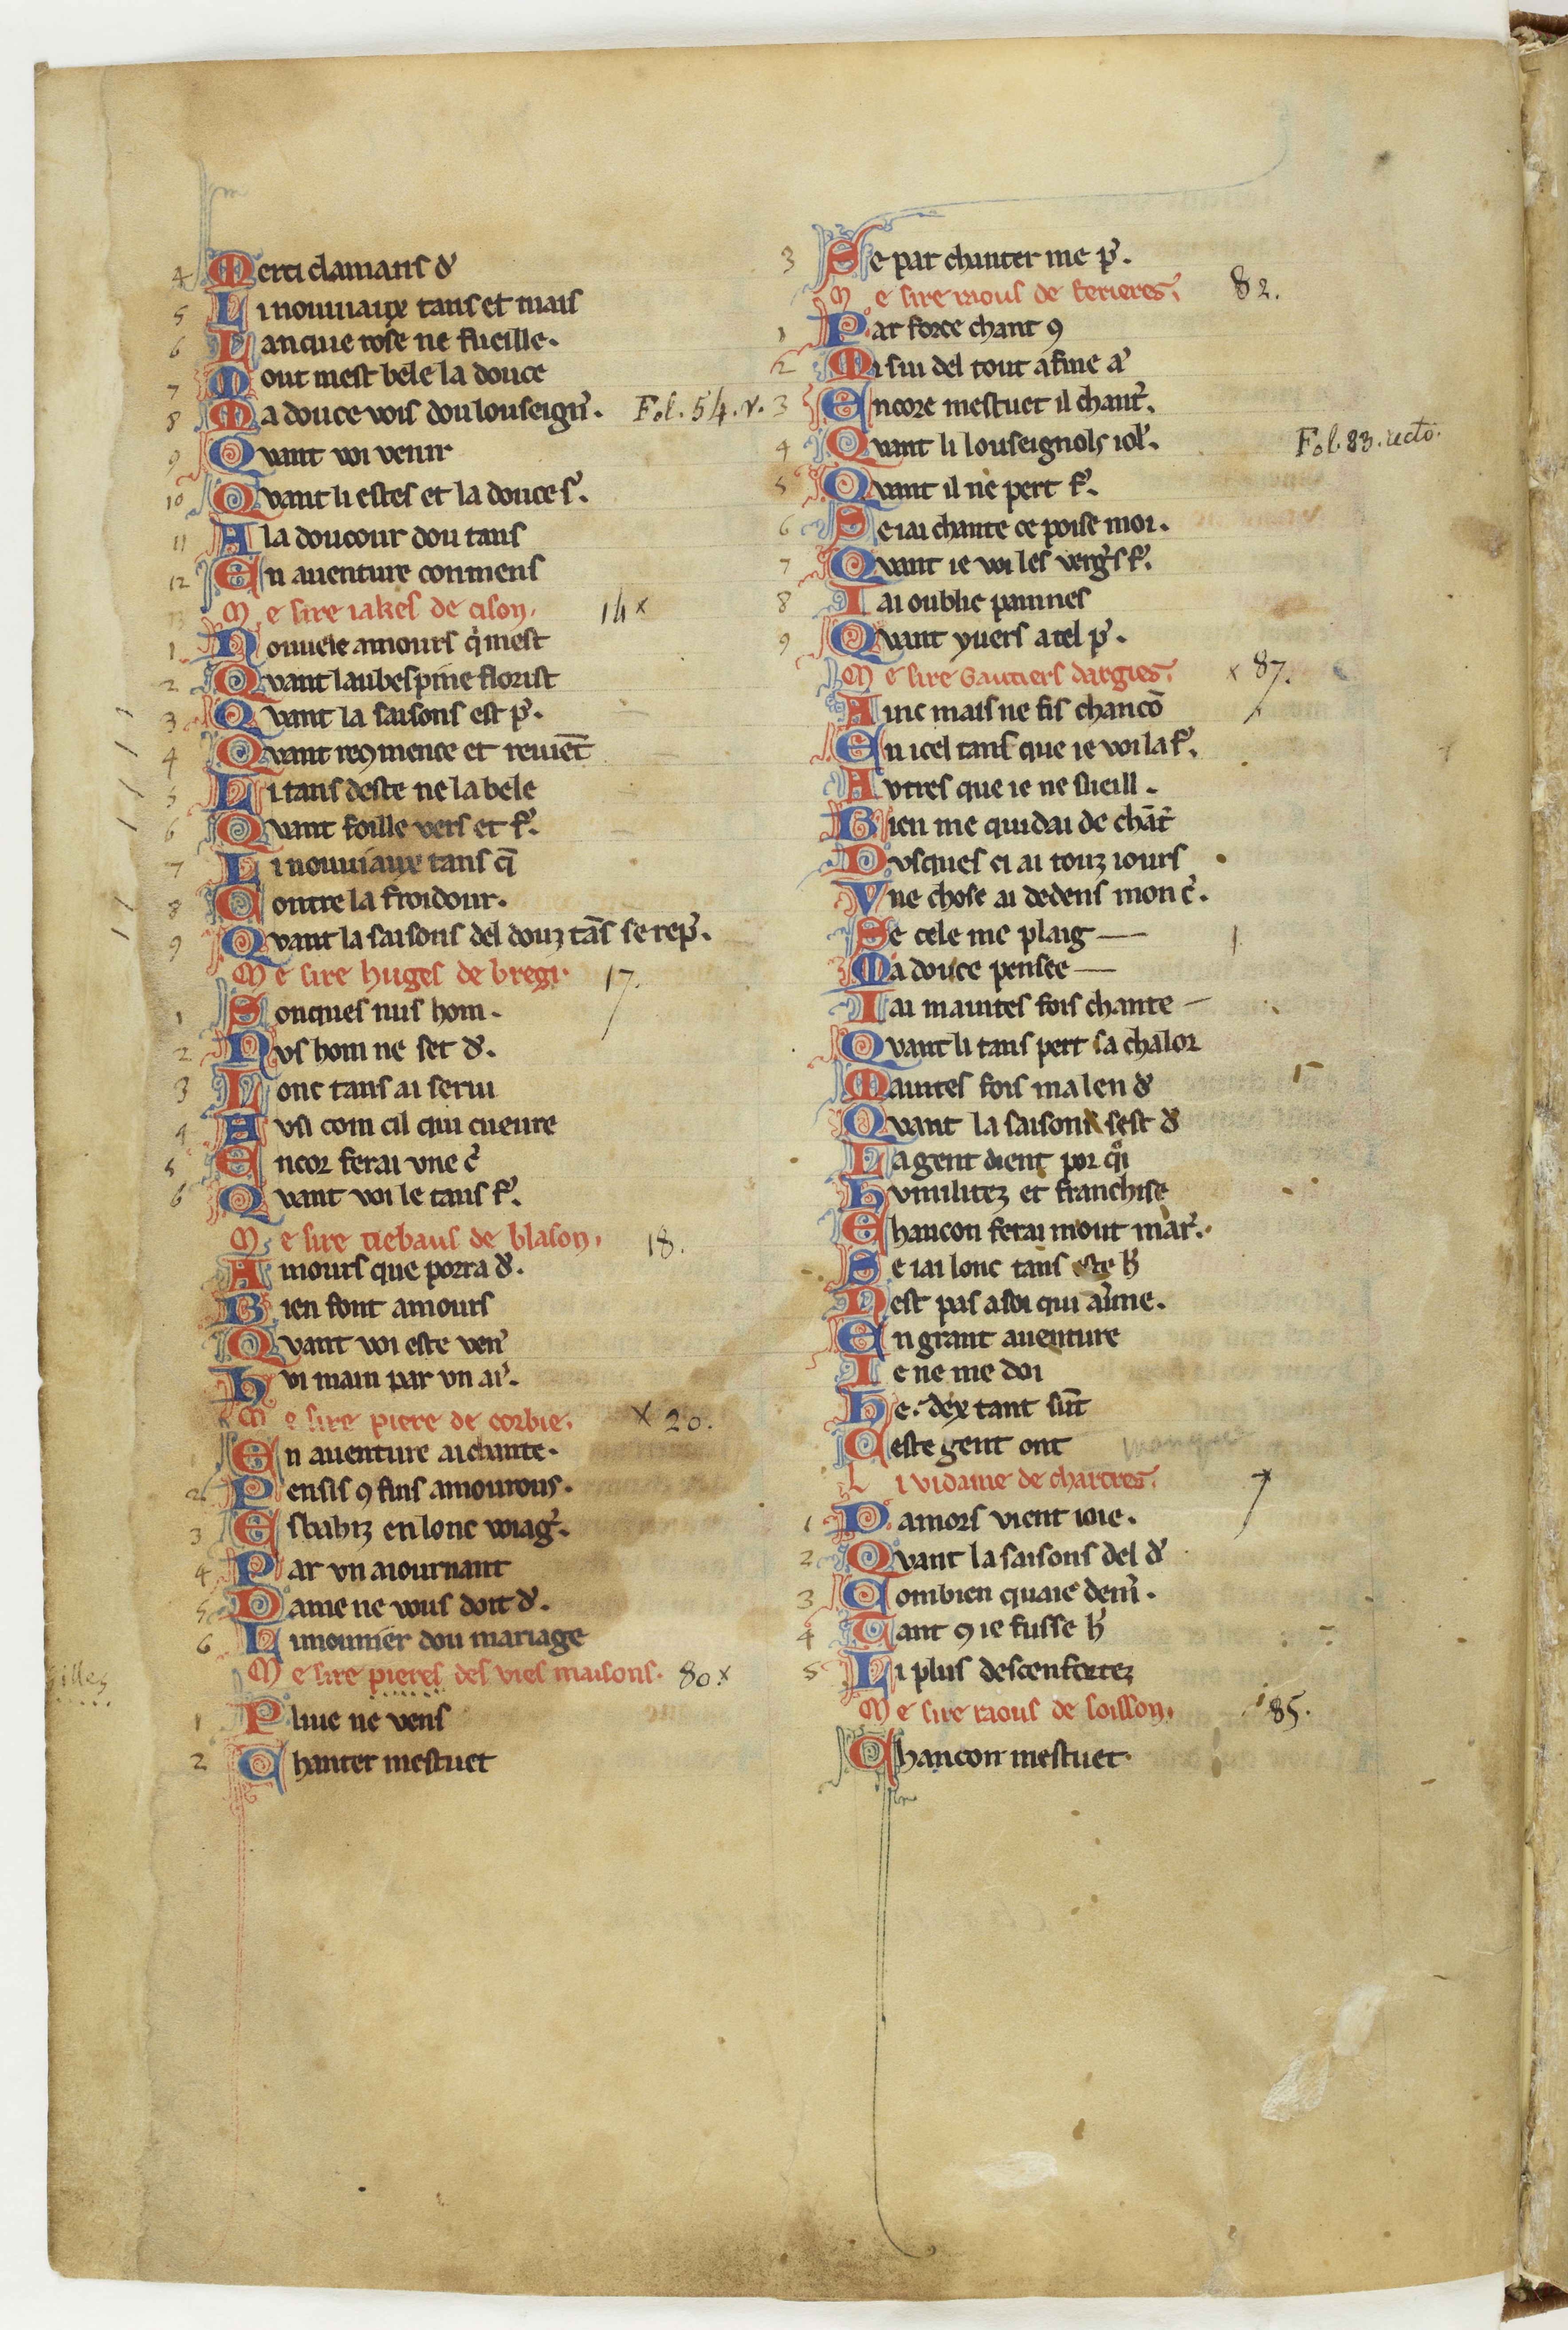
Shelfmark: Paris, BnF, fr. 844
Century: 13